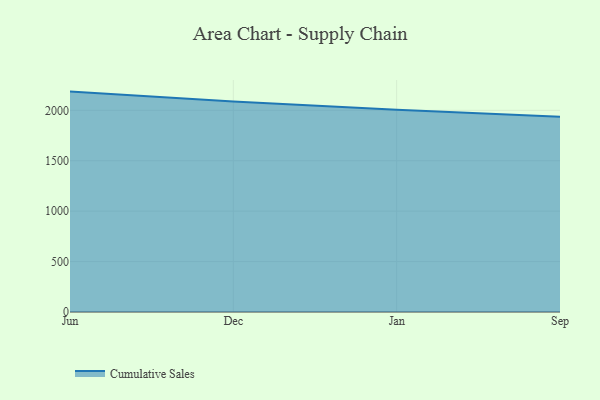
{"axis": {"x": "Month", "y": "Humidity (%)"}, "legend": ["Cumulative Sales"], "data": [{"x": "Jun", "y": 2185.5, "type": "Cumulative Sales"}, {"x": "Dec", "y": 2088.1, "type": "Cumulative Sales"}, {"x": "Jan", "y": 2006.6, "type": "Cumulative Sales"}, {"x": "Sep", "y": 1936.8, "type": "Cumulative Sales"}]}